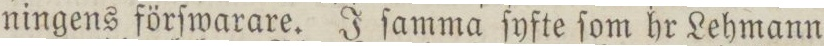
ningens förſwarare. J ſamma ſyfte ſom hr Lehmann